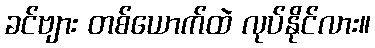
ခင်ဗျား တစ်ယောက်ထဲ လုပ်နိုင်လား။